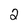
Character: 2